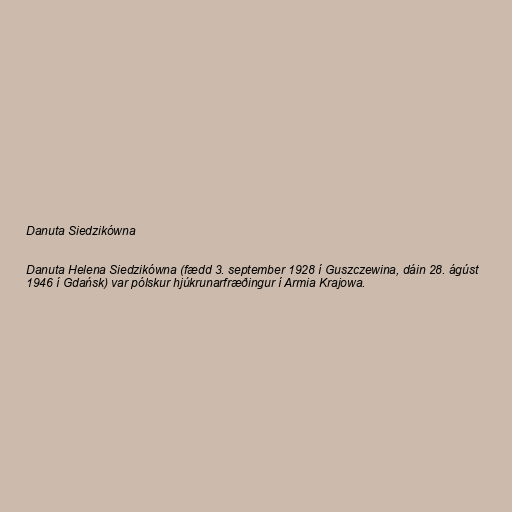
Danuta Siedzikówna

Danuta Helena Siedzikówna (fædd 3. september 1928 í Guszczewina, dáin 28. ágúst
1946 í Gdańsk) var pólskur hjúkrunarfræðingur í Armia Krajowa.